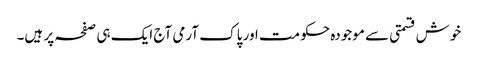
خوش قسمتی سے موجودہ حکومت اور پاک آرمی آج ایک ہی صفحہ پر ہیں۔